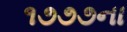
૧૭૭૭ના